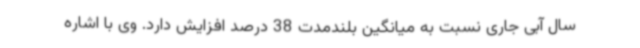
سال آبی جاری نسبت به میانگین بلندمدت 38 درصد افزایش دارد. وی با اشاره